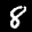
Label: 8